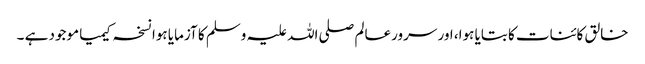
خالق کائنات کا بتایا ہوا، اور سرورعالم صلی اللہ علیہ وسلم کا آزمایا ہوا نسخہ کیمیا موجود ہے ۔